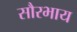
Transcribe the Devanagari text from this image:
सौरभाय